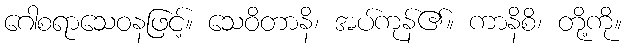
ဂေါစရာသေဝနဖြင့်။ သေဝိတာနိ၊ အပ်ကုန်၏။ ကာနိစိ၊ တို့ကို။